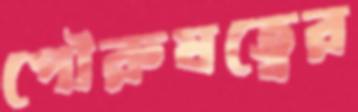
পৌরুষত্বের